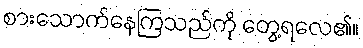
စားသောက်နေကြသည်ကို တွေ့ရလေ၏။